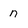
Character: n